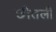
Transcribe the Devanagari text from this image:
छीतली